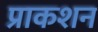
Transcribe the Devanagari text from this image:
प्राकशन